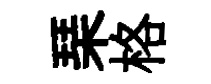
琹格